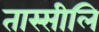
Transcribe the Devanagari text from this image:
तास्सीलि